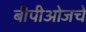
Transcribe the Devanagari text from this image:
बीपीओजचे